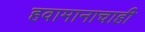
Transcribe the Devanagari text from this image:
हवामानाचाही